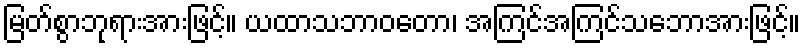
မြတ်စွာဘုရားအားဖြင့်။ ယထာသဘာဝတော၊ အကြင်အကြင်သဘောအားဖြင့်။